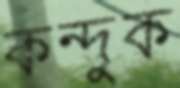
কন্দুক